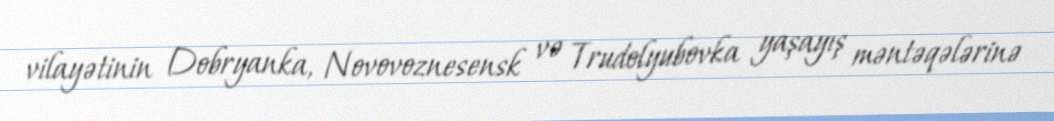
vilayətinin Dobryanka, Novovoznesensk və Trudolyubovka yaşayış məntəqələrinə